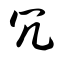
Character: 冗